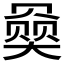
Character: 𪥠